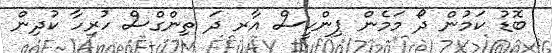
ބޮޑު ކަމުން ދޯ މަމެން ޕިންކީސް އާރ ދަ ތިންގްސް ހުރިހާ ކުދިން